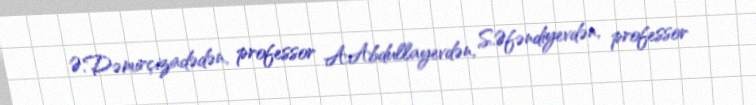
Ə.Dəmirçizadədən, professor A.Abdullayevdən, S.Əfəndiyevdən, professor